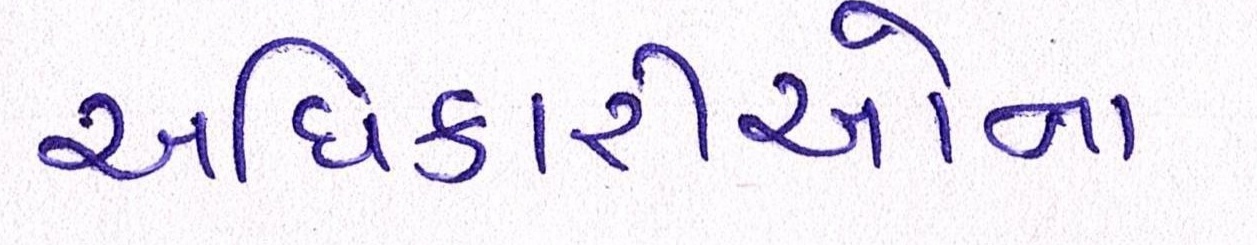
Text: અધિકારીઓના